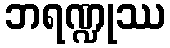
ဘရဏ္ဍုဿ